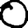
Digit: 0